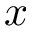
x